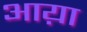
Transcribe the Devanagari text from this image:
आय़ा